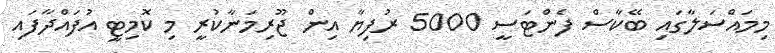
މިމައްސަލާގައި ބޭކާސް ފެންޓަސީ 5000 ރުފިޔާ އިން ޖޫރިމަނާކުރީ މި ކޮމިޓީ އުފައްދާފައި